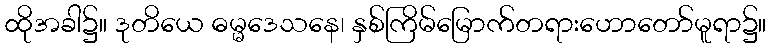
ထိုအခါ၌။ ဒုတိယေ ဓမ္မဒေသနေ၊ နှစ်ကြိမ်မြောက်တရားဟောတော်မူရာ၌။